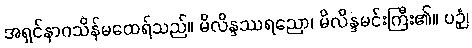
အရှင်နာဂသိန်မထေရ်သည်။ မိလိန္ဒဿရညော၊ မိလိန္ဒမင်းကြီး၏။ ပဉှံ၊